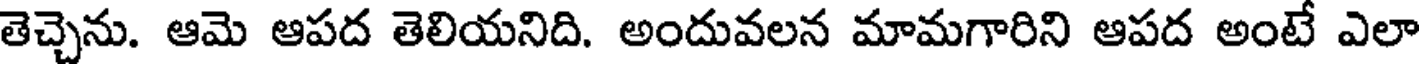
తెచ్చెను. ఆమె ఆపద తెలియనిది. అందువలన మామగారిని ఆపద అంటే ఎలా